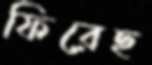
ফিরেছ